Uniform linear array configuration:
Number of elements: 32
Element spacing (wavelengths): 0.25
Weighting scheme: hamming
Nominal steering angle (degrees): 45
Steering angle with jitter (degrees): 45.4
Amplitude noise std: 0.05
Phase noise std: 0.05

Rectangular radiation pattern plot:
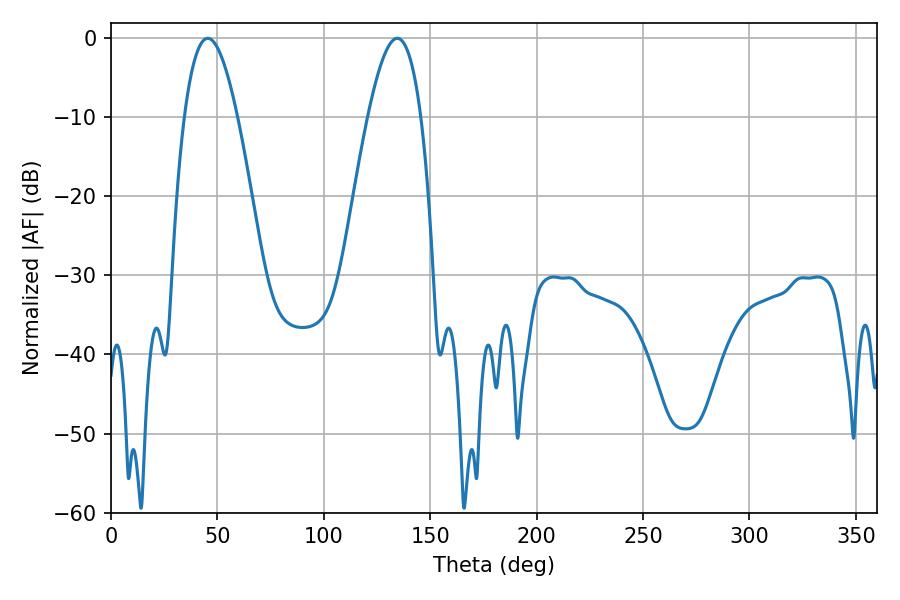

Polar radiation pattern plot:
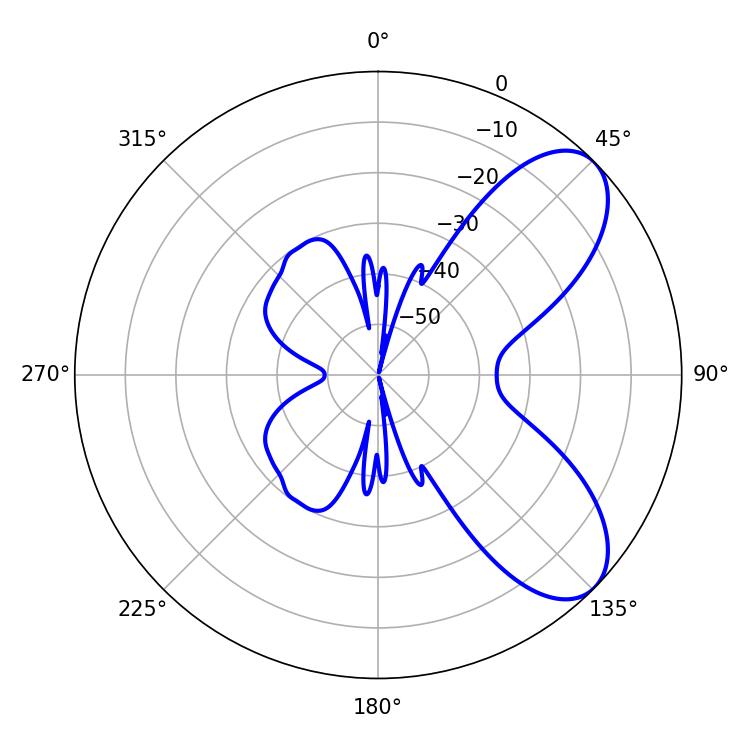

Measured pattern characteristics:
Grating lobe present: FALSE
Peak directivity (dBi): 7.34
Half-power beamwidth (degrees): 13.68
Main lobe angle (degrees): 45.54